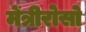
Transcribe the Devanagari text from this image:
मेंत्रीरोसो